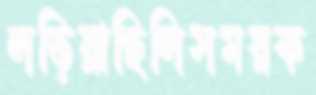
লড়িয়াছিলিসময়ক